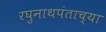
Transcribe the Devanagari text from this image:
रघुनाथपंताच्या